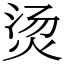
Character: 烫